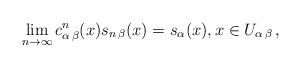
LaTeX: \begin{align*} \lim_{n\to\infty}c^n_{\alpha\,\beta}(x) s_{n\,\beta}(x)=s_{\alpha}(x),x\in U_{\alpha\,\beta}\, ,\end{align*}